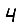
Digit: 4